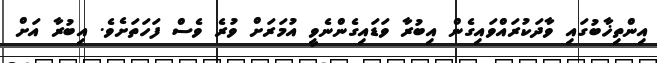
އިންތިޚާބުގައި ވާދަކުރައްވައިގެން އިބުރާ ވަޑައިގެންނެވީ އުމަރަށް ވުރެ ވެސް ފަހަތަށެވެ. އިބުރާ އަށް